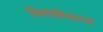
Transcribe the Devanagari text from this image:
विलंबीकरण